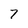
Character: 7